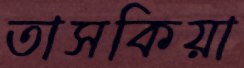
তাসকিয়া